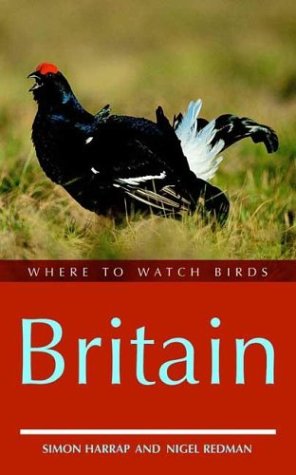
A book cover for Where to Watch Birds in Britain; Simon Harrap; Travel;